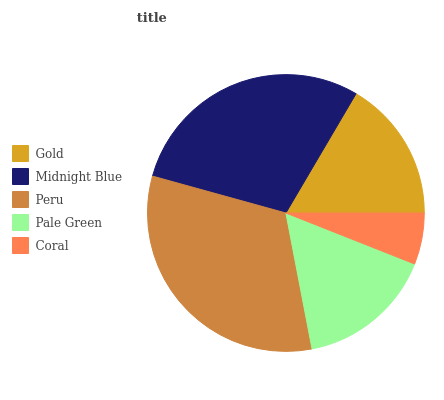
| Gold | Midnight Blue | Peru | Pale Green | Coral |
 | --- | --- | --- | --- | --- |
 | 16.6% | 29.2% | 32.3% | 15.9% | 6.01% |